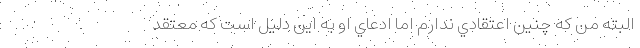
البته من كه چنين اعتقادي ندارم اما ادعاي او به اين دليل است كه معتقد